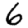
Digit: 6